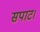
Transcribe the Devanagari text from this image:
सपाट।